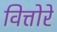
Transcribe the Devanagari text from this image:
वित्तोरे